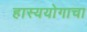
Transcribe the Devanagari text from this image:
हास्ययोगाचा